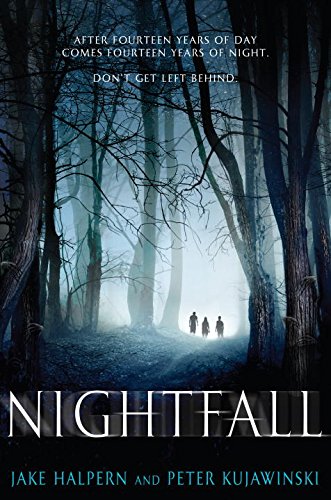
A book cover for Nightfall; Jake Halpern; Teen & Young Adult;